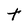
Character: T